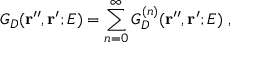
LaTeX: G _ { D } ( { \bf r ^ { \prime \prime } } , { \bf r ^ { \prime } } ; E ) = \sum _ { n = 0 } ^ { \infty } G _ { D } ^ { ( n ) } ( { \bf r ^ { \prime \prime } } , { \bf r ^ { \prime } } ; E ) \; ,